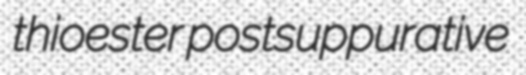
thioester postsuppurative